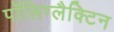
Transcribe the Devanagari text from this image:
पॉलिग्लैक्टिन